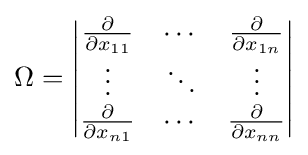
\Omega ={\begin{vmatrix}{\frac {\partial }{\partial x_{11}}}&\cdots &{\frac {\partial }{\partial x_{1n}}}\\\vdots &\ddots &\vdots \\{\frac {\partial }{\partial x_{n1}}}&\cdots &{\frac {\partial }{\partial x_{nn}}}\end{vmatrix}}